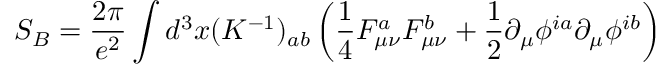
S _ { B } = \frac { 2 \pi } { e ^ { 2 } } \int d ^ { 3 } x ( K ^ { - 1 } ) _ { a b } \left( \frac { 1 } { 4 } F _ { \mu \nu } ^ { a } F _ { \mu \nu } ^ { b } + \frac { 1 } { 2 } \partial _ { \mu } \phi ^ { i a } \partial _ { \mu } \phi ^ { i b } \right)